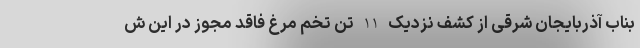
بناب آذربایجان شرقی از کشف نزدیک 11 تن تخم مرغ فاقد مجوز در این ش